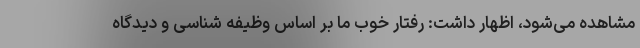
مشاهده می‌شود، اظهار داشت: رفتار خوب ما بر اساس وظیفه شناسی و دیدگاه